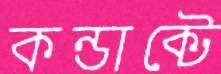
কন্ডাক্টে